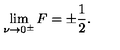
\lim _ { \nu \to 0 ^ { \pm } } F = \pm \frac { 1 } { 2 } .